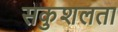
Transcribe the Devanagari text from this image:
सकुशलता